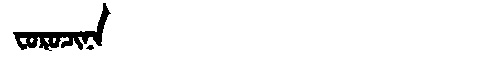
Manchu: ᠸᠣᡵᠣᠴᡳᠨᠠ
Romanization: FOROCINA